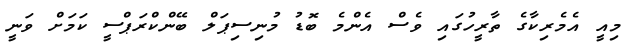
މިއީ އެމެރިކާގެ ތާރީހުގައި ވެސް އެންމެ ބޮޑު މުނިސިޕަލް ބޭންކްރަޕްސީ ކަމަށް ވަނީ